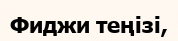
Фиджи теңізі,